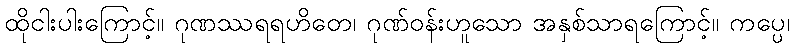
ထိုငါးပါးကြောင့်။ ဂုဏဿရရဟိတေ၊ ဂုဏ်ဝန်းဟူသော အနှစ်သာရကြောင့်။ ကပ္ပေ၊